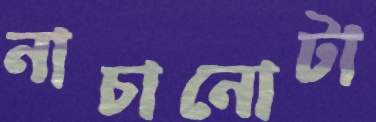
নাচানোটা